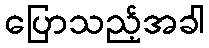
ပြောသည့်အခါ